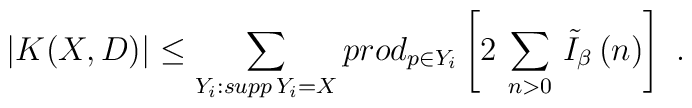
\left.   |K(X,D)| \leq   \sum_{Y_{i}: supp \, Y_{i} = X} \\prod_{p \in Y_{i}} \left[ 2 \, \sum_{n>0} \, \tilde{I}_{\beta} \, (n) \right]  \ . \right.